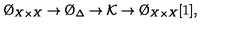
\O _ { X \times X } \to \O _ { \Delta } \to { \cal K } \to \O _ { X \times X } [ 1 ] ,